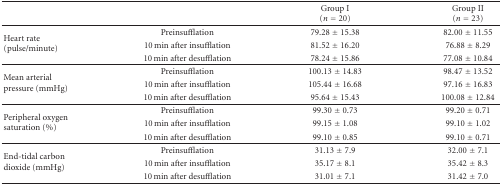
|  |  | Group I (n = 20) | Group II (n = 23) |
 | --- | --- | --- | --- |
 | <ROWSPAN=3> Heart rate (pulse/minute) | Preinsufflation | 79.28 ± 15.38 | 82.00 ± 11.55 |
 | 10 min after insufflation | 81.52 ± 16.20 | 76.88 ± 8.29 |
 | 10 min after desufflation | 78.24 ± 15.86 | 77.08 ± 10.84 |
 | <ROWSPAN=3> Mean arterial pressure (mmHg) | Preinsufflation | 100.13 ± 14.83 | 98.47 ± 13.52 |
 | 10 min after insufflation | 105.44 ± 16.68 | 97.16 ± 16.83 |
 | 10 min after desufflation | 95.64 ± 15.43 | 100.08 ± 12.84 |
 | <ROWSPAN=3> Peripheral oxygen saturation (%) | Preinsufflation | 99.30 ± 0.73 | 99.20 ± 0.71 |
 | 10 min after insufflation | 99.15 ± 1.08 | 99.10 ± 1.02 |
 | 10 min after desufflation | 99.10 ± 0.85 | 99.10 ± 0.71 |
 | <ROWSPAN=3> End-tidal carbon dioxide (mmHg) | Preinsufflation | 31.13 ± 7.9 | 32.00 ± 7.1 |
 | 10 min after insufflation | 35.17 ± 8.1 | 35.42 ± 8.3 |
 | 10 min after desufflation | 31.01 ± 7.1 | 31.42 ± 7.0 |